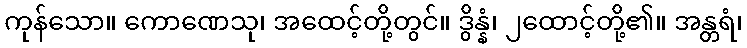
ကုန်သော။ ကောဏေသု၊ အထေင့်တို့တွင်။ ဒွိန္နံ၊ ၂ထောင့်တို့၏။ အန္တရံ၊